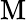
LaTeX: \mathrm{M}